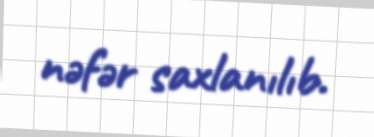
nəfər saxlanılıb.